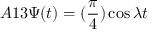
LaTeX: A 1 3 \Psi ( t ) = ( \frac { \pi } { 4 } ) \cos \lambda t